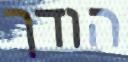
הודך